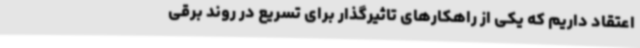
اعتقاد داریم که یکی از راهکارهای تاثیرگذار برای تسریع در روند برقی